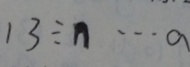
1 3 \div n \cdots a